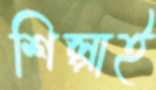
শিল্পাই